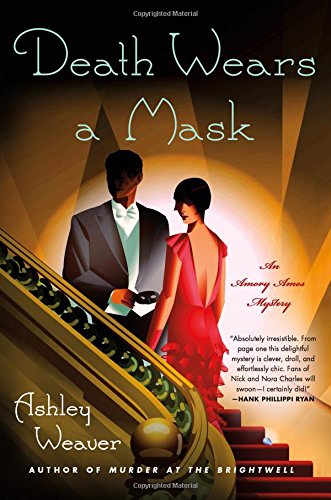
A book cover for Death Wears a Mask: A Mystery (An Amory Ames Mystery); Ashley Weaver; Mystery, Thriller & Suspense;